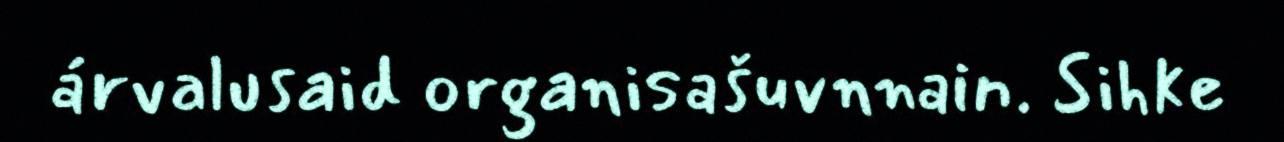
árvalusaid organisašuvnnain. Sihke